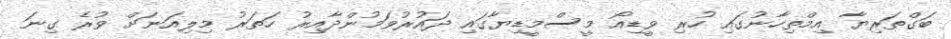
ބަގްތަރިޔާ އިމްތިހާނުގައި ހުރި ވީޑިއޯ މީސްމީޑިޔާގައި ދައުރުވަމުންދާއިރު ހަތަރު މިލިއަނަށް ވުރެ ގިނަ